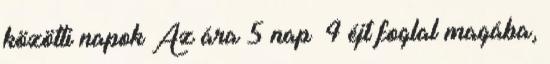
közötti napok Az ára 5 nap 4 éjt foglal magába,